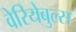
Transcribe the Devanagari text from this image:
वेरियेबुल्स